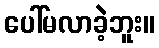
ပေါ်မလာခဲ့ဘူး။